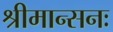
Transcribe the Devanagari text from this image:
श्रीमान्सनः